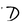
Character: D